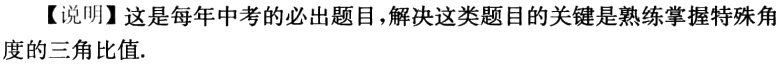
【说明】这是每年中考的必出题目，解决这类题目的关键是熟练掌握特殊角度的三角比值.